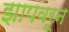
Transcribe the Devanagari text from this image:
झापवरून